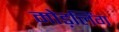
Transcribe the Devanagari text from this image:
मोड़लिंग